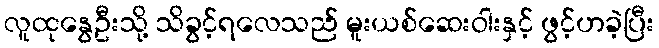
လူထုနွေဦးသို့ သိခွင့်ရလေသည် မူးယစ်ဆေးဝါးနှင့် ဖွင့်ဟခဲ့ပြီး